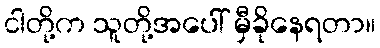
ငါတို့က သူတို့အပေါ် မှီခိုနေရတာ။